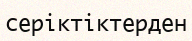
серіктіктерден